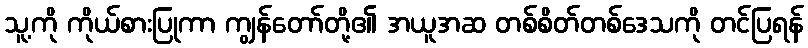
သူ့ကို ကိုယ်စားပြုကာ ကျွန်တော်တို့၏ အယူအဆ တစ်စိတ်တစ်ဒေသကို တင်ပြရန်